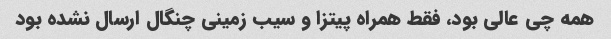
همه چی عالی بود، فقط همراه پیتزا و سیب زمینی چنگال ارسال نشده بود